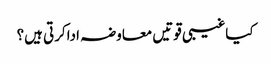
کیاغیبی قوتیں معاوضہ اداکرتی ہیں؟